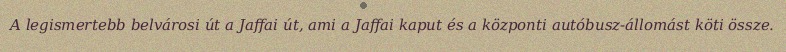
A legismertebb belvárosi út a Jaffai út, ami a Jaffai kaput és a központi autóbusz-állomást köti össze.